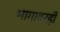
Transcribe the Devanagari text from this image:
भागावरही